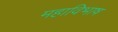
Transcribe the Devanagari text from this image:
महाविभाष